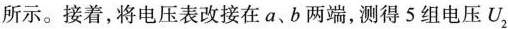
所示。接着，将电压表改接在a、b两端，测得5组电压U2